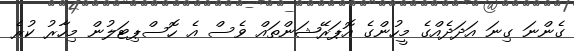
ގެންނަ ގިނަ އަދަދެއްގެ މީހުންގެ އޮޕަރޭޝަންތައް ވެސް އެ ހޮސްޕިޓަލުން މިހާރު ކުރެ